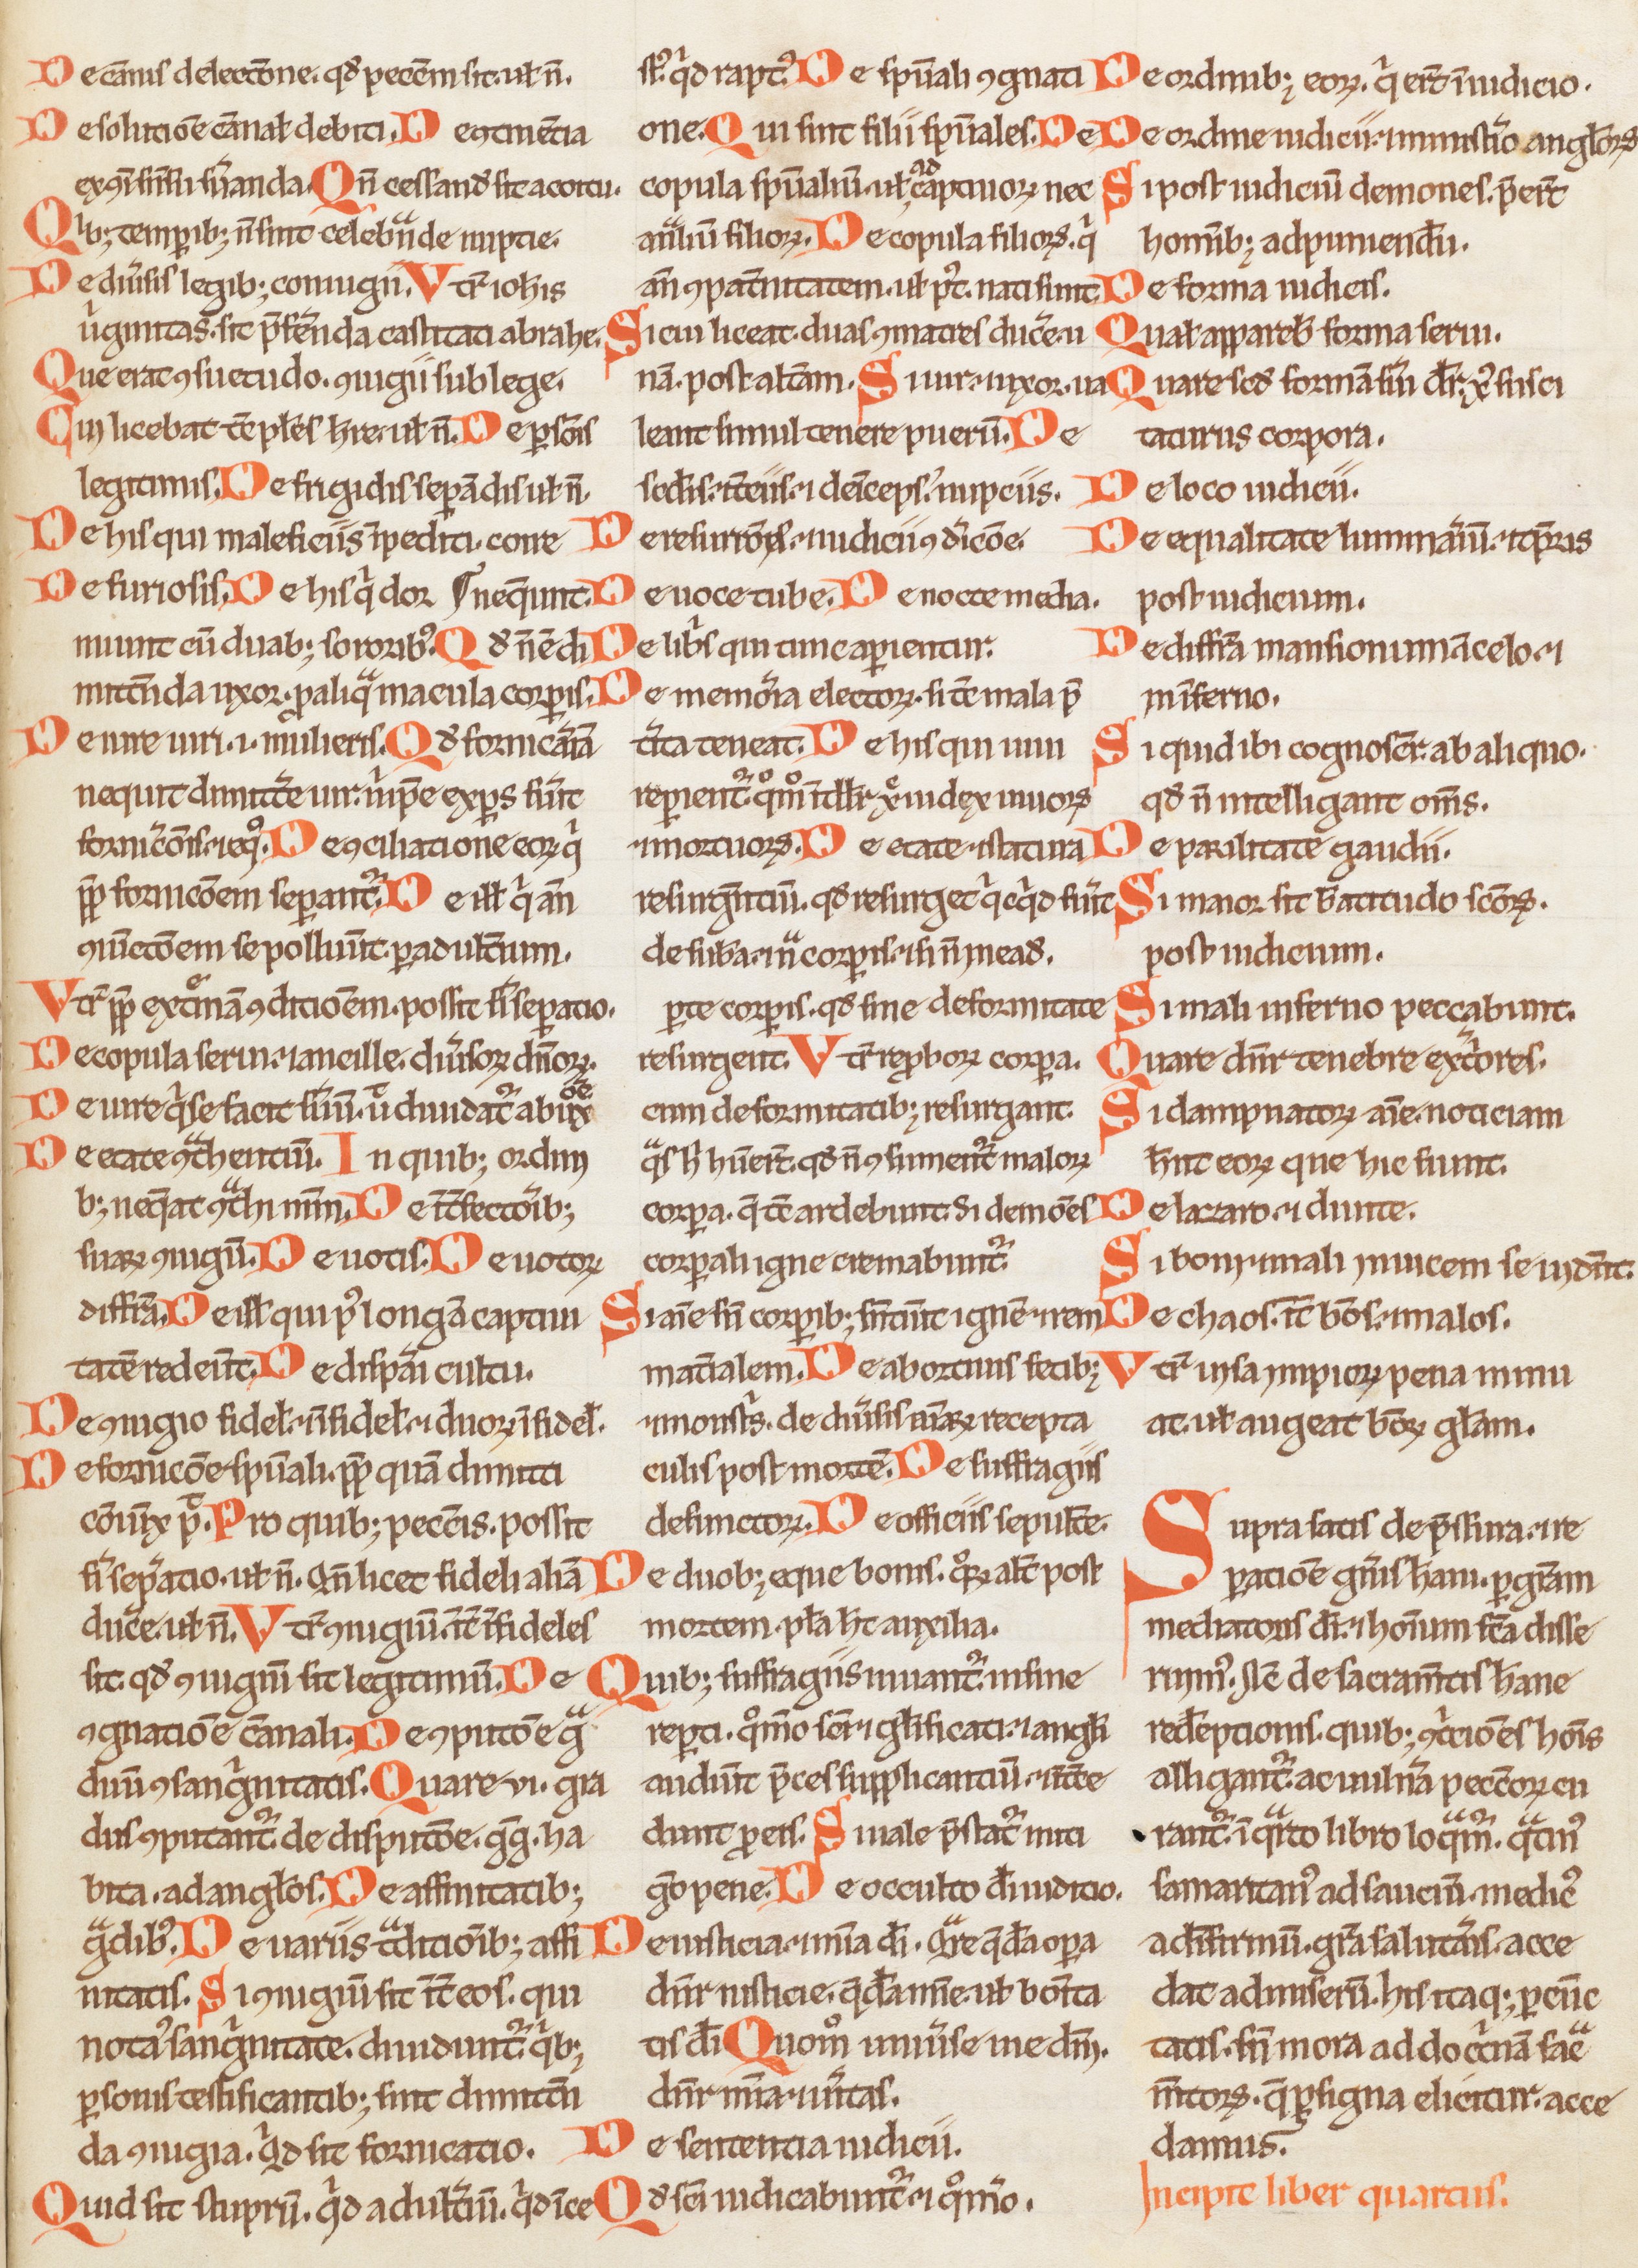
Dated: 1200–1230